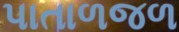
પાતાળજળ